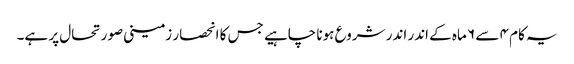
یہ کام ۴ سے ۶ ماہ کے اندر اندر شروع ہونا چاہیے جس کا انحصار زمینی صورتحال پر ہے۔